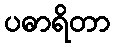
ပဓာရိတာ